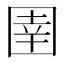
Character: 圉